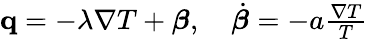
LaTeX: \begin{array}{r}{\mathbf q=-\lambda\nabla T+\boldsymbol{\beta},\quad\dot{\boldsymbol{\beta}}=-a\frac{\nabla T}{T}}\end{array}